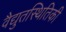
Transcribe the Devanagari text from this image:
वैद्युतस्थितिकी